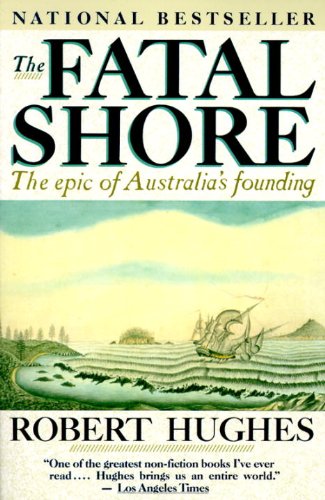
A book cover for The Fatal Shore: The Epic of Australia's Founding; Robert Hughes; History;